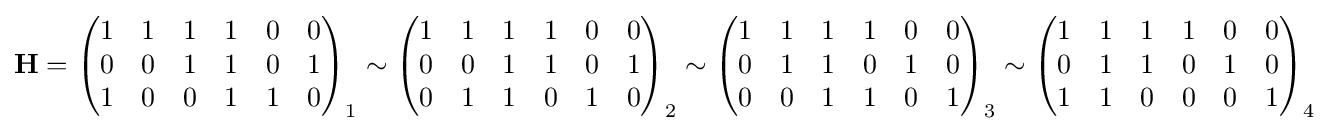
\mathbf {H} ={\begin{pmatrix}1&1&1&1&0&0\\0&0&1&1&0&1\\1&0&0&1&1&0\\\end{pmatrix}}_{1}\sim {\begin{pmatrix}1&1&1&1&0&0\\0&0&1&1&0&1\\0&1&1&0&1&0\\\end{pmatrix}}_{2}\sim {\begin{pmatrix}1&1&1&1&0&0\\0&1&1&0&1&0\\0&0&1&1&0&1\\\end{pmatrix}}_{3}\sim {\begin{pmatrix}1&1&1&1&0&0\\0&1&1&0&1&0\\1&1&0&0&0&1\\\end{pmatrix}}_{4}